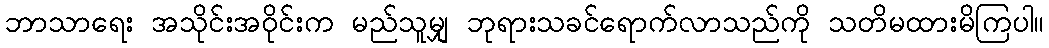
ဘာသာရေး အသိုင်းအဝိုင်းက မည်သူမျှ ဘုရားသခင်ရောက်လာသည်ကို သတိမထားမိကြပါ။